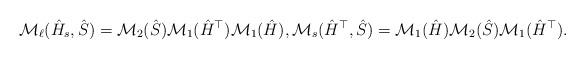
LaTeX: \begin{align*} \mathcal{M}_\ell(\hat{H}_s,\hat{S}) = \mathcal{M}_2(\hat{S}) \mathcal{M}_1(\hat{H}^\top) \mathcal{M}_1(\hat{H}), \mathcal{M}_s(\hat{H}^\top,\hat{S}) = \mathcal{M}_1(\hat{H})\mathcal{M}_2(\hat{S}) \mathcal{M}_1(\hat{H}^\top).\end{align*}